65_HS1-834228961_62-HQ-83894_Serial_130
Agency: FBI
Page 106
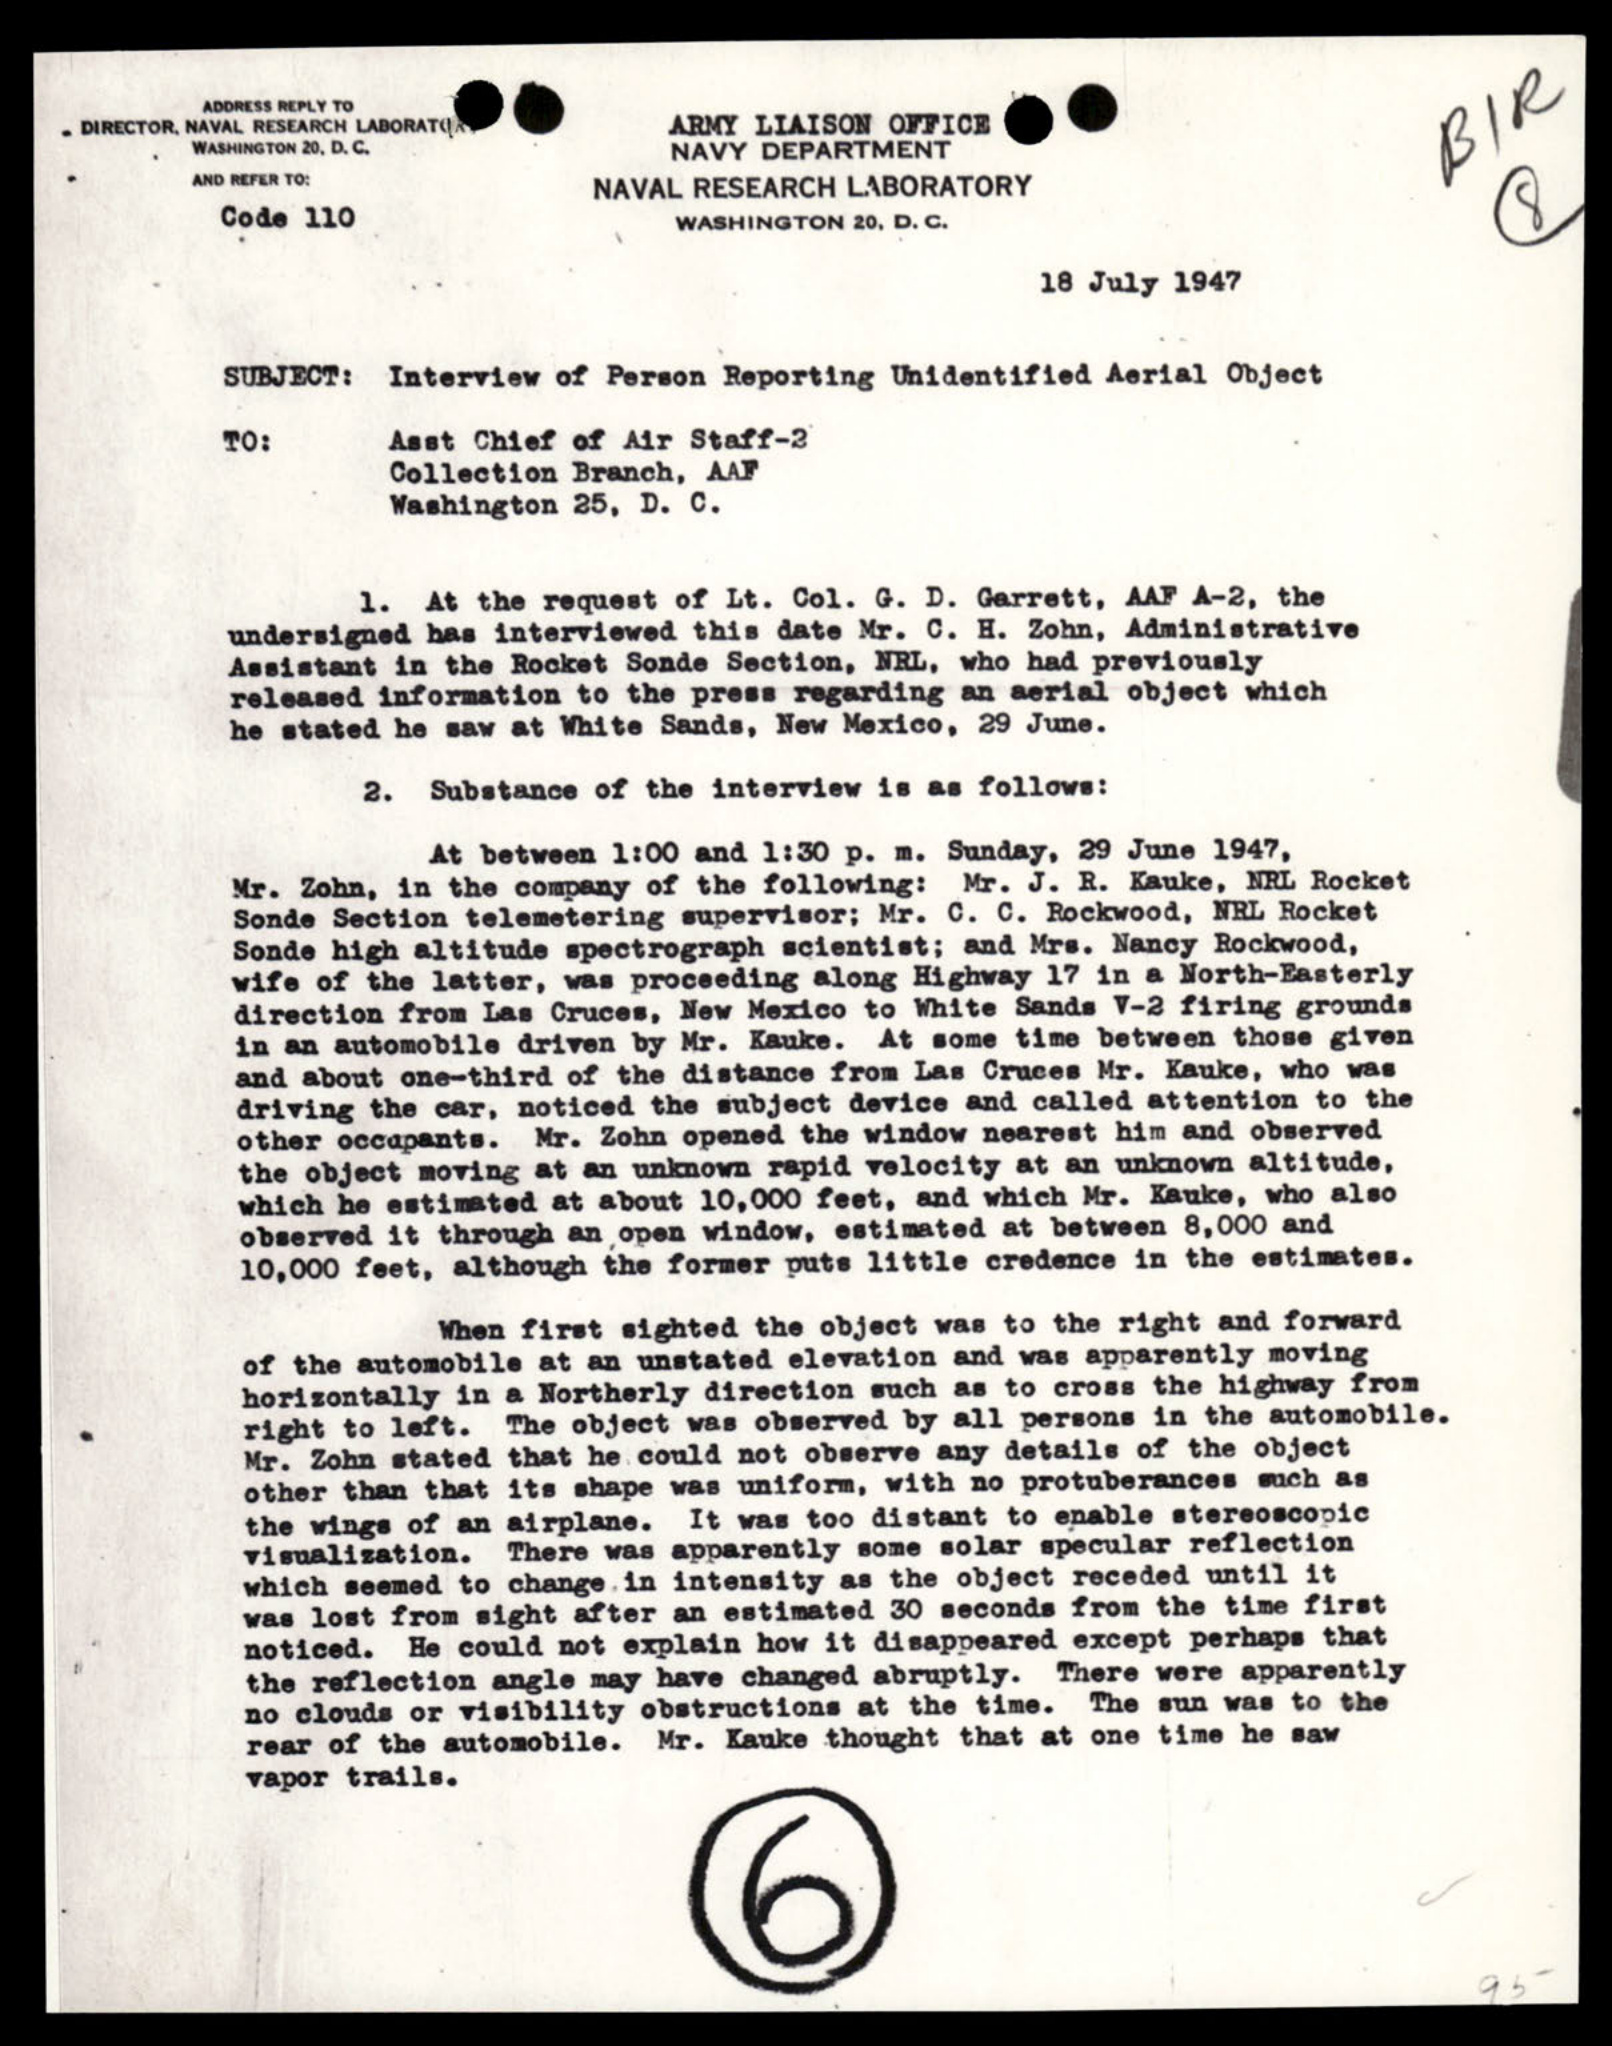